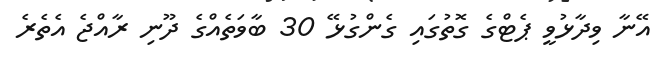
އޭނާ ވިދާޅުވީ ޕެޓްގެ ގޮތުގައި ގެންގުޅޭ 30 ބާވަތެއްގެ ދޫނި ރާއްޖެ އެތެރެ